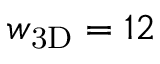
w _ { \mathrm { 3 D } } = 1 2